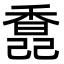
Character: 𩡆